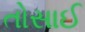
તોસાઈ